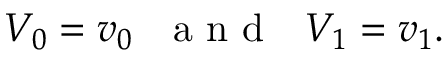
V _ { 0 } = v _ { 0 } \mathrm { ~ \ \ a ~ n ~ d ~ \ \ } V _ { 1 } = v _ { 1 } .